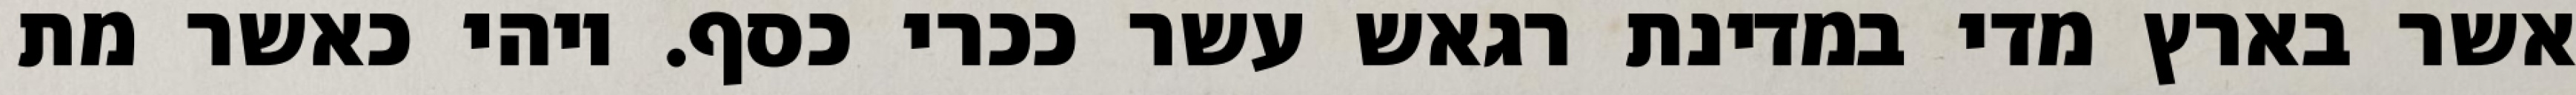
אשר בארץ מדי במדינת רגאש עשר ככרי כסף. ויהי כאשר מת